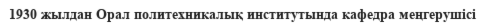
1930 жылдан Орал политехникалық институтында кафедра меңгерушісі